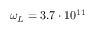
\omega _ { L } = 3 . 7 \cdot 1 0 ^ { 1 1 }